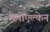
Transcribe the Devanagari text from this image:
हेलोएल्केन